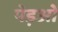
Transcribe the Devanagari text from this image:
पेड़ओं